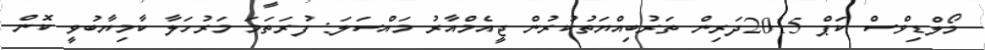
މޯލްޑިވްސް ކަޕް 2015ދަރިން ތަރުބިއްޔަތުކުރުން ޖީއެމްއާރު މައްސަލަ: ފުރަތަމަ މަރުހަލާ ކާމިޔާބުވީ ކޮން